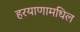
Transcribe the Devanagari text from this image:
हरयाणामधिल